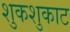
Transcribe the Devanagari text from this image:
शुकशुकाट